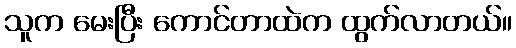
သူက မေးပြီး ကောင်တာထဲက ထွက်လာတယ်။